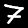
Digit: 7